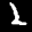
Label: 2